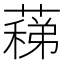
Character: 蕛